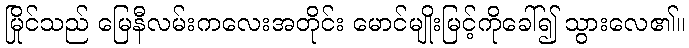
မြိုင်သည် မြေနီလမ်းကလေးအတိုင်း မောင်မျိုးမြင့်ကိုခေါ်၍ သွားလေ၏။